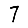
Digit: 7